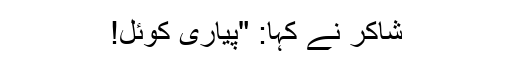
شاکر نے کہا: "پیاری کوئل!